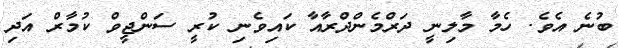
ބުނެ އެވެ. ހެމާ މާލިނީ ދަރްމެންދްރާއާ ކައިވެނި ކުރީ ސަންޖީވް ކުމާރް އަދި